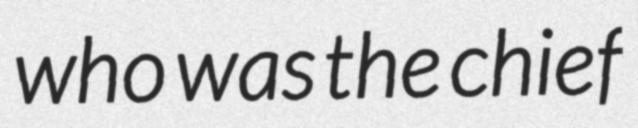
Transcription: who was the chief